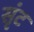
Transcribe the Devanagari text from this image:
सृंट